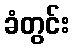
ခံတွင်း